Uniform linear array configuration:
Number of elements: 8
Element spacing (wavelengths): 0.5
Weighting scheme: kaiser
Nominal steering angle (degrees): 30
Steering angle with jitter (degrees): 30.98
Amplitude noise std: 0.05
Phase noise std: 0.05

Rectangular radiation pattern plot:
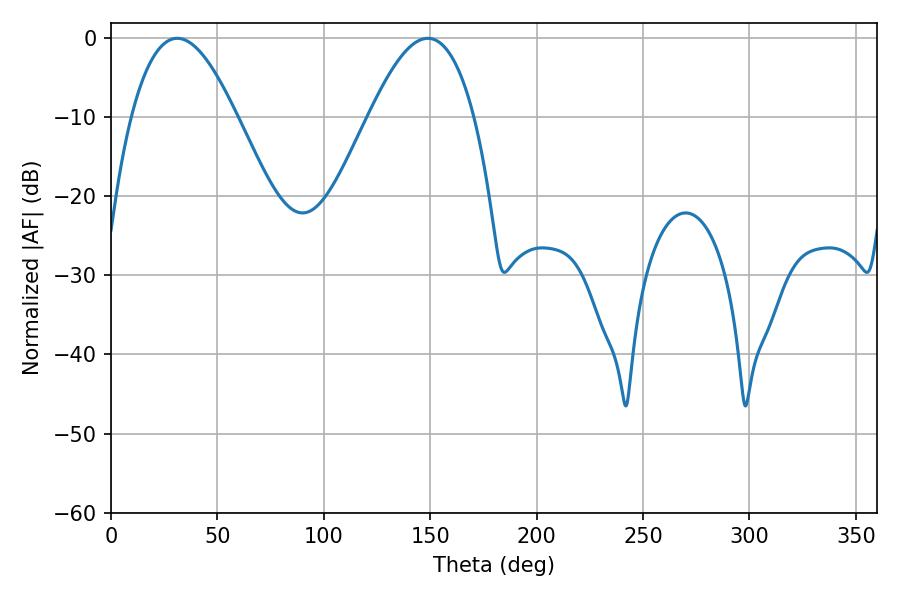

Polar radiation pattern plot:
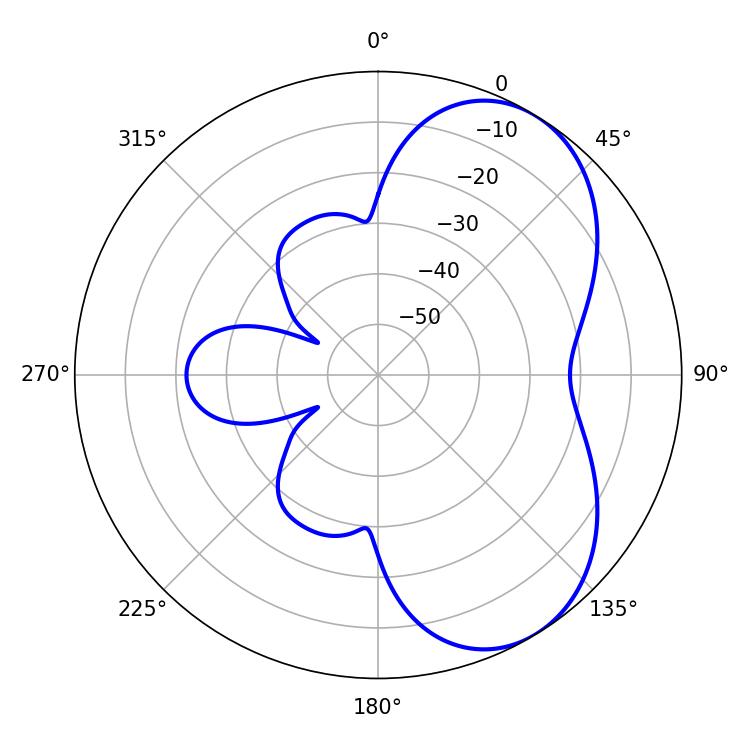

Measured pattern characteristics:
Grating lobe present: FALSE
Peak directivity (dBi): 5.619
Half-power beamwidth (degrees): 26.82
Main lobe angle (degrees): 31.14